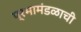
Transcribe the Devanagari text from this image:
प्रभामंडळाची